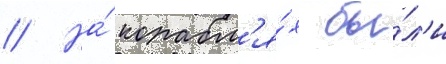
// На́ корабл'я́х бы́л'и